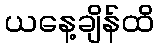
ယနေ့ချိန်ထိ